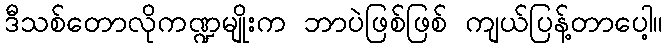
ဒီသစ်တောလိုကဏ္ဍမျိုးက ဘာပဲဖြစ်ဖြစ် ကျယ်ပြန့်တာပေါ့။